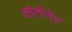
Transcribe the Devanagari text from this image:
कॉलोनेड